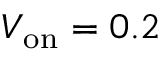
V _ { \mathrm { o n } } = 0 . 2